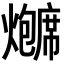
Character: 𬋗